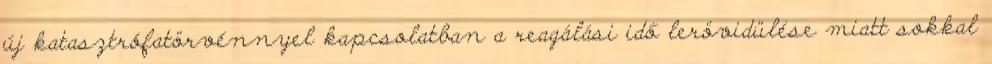
új katasztrófatörvénnyel kapcsolatban a reagálási idő lerövidülése miatt sokkal